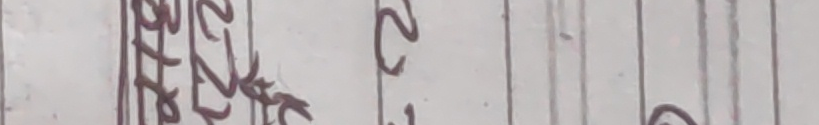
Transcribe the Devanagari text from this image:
पिटन २८/०